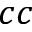
c c